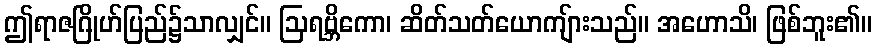
ဤရာဇဂြိုဟ်ပြည်၌သာလျှင်။ ဩရဗ္ဘိကော၊ ဆိတ်သတ်ယောကျ်ားသည်။ အဟောသိ၊ ဖြစ်ဘူး၏။